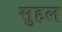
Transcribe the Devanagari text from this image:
सुहल